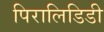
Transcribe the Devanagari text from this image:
पिरालिडिडी